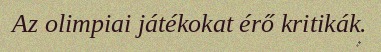
Az olimpiai játékokat érő kritikák.